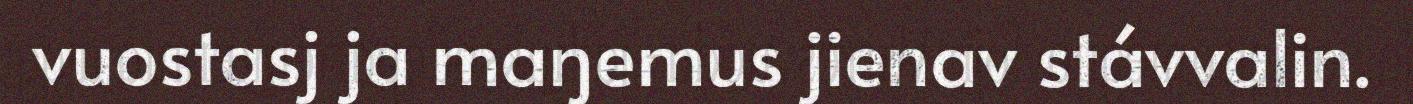
vuostasj ja maŋemus jienav stávvalin.